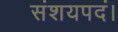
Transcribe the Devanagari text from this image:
संशयपदं।